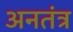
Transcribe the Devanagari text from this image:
अनतंत्र